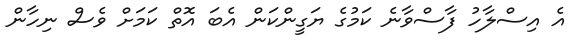
އެ އިސްލާހު ފާސްވާނެ ކަމުގެ ޔަގީންކަން އެބަ އޮތް ކަމަށް ވެސް ނިހާން